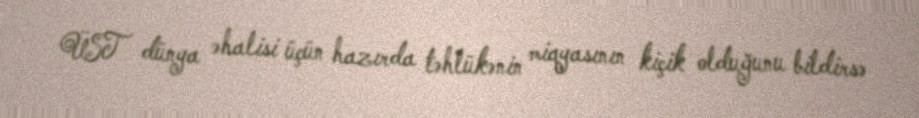
ÜST dünya əhalisi üçün hazırda təhlükənin miqyasının kiçik olduğunu bildirsə